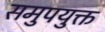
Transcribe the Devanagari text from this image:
समुपयुक्त